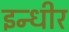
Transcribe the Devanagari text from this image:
इन्धीर